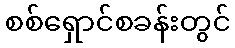
စစ်ရှောင်စခန်းတွင်